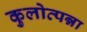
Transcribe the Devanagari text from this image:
कुलोत्पन्ना